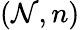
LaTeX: (\mathcal{N},n)